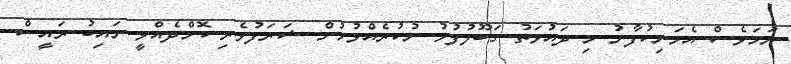
ނަމަވެސް އެމަނިކުފާނު މި ދައުވަތު ގަބޫލުފުޅު ނުކުރެއްވުުމުން ޝަރަފުވެރި ކޮށްދެއްވީ ނައިބު ރައީސް